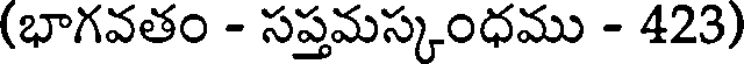
(భాగవతం - సప్తమస్కంధము - 423)